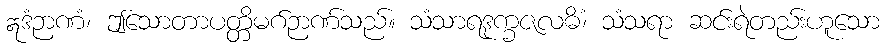
ဣဒံဉာဏံ၊ ဤသောတာပတ္တိမဂ်ဉာဏ်သည်။ သံသာရဒုက္ခဇလဓိံ၊ သံသရာ ဆင်းရဲတည်းဟူသော